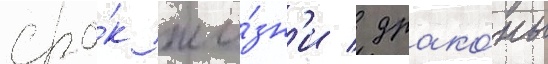
сро́к жи́зн'и / драко́ны